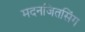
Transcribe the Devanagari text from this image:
मदनजितसिंग